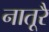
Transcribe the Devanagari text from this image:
नातूरै